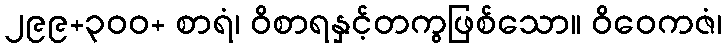
၂၉၉+၃၀၀+ စာရံ၊ ဝိစာရနှင့်တကွဖြစ်သော။ ဝိဝေကဇံ၊